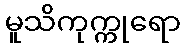
မူသိကုက္ကုရော